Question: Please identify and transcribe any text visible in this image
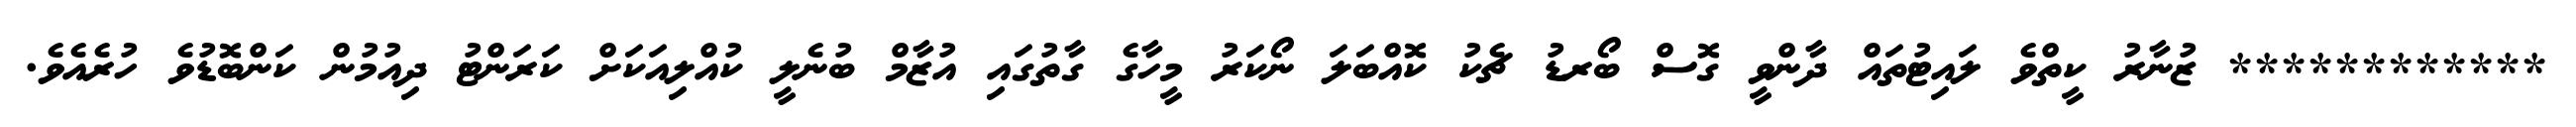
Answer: ************ ޒުނާރު ކީތްވެ ލައިޓުތައް ދާންވީ ގޮސް ބޯރޑު ޗެކު ކޮއްބަލަ ނޯކަރު މީހާގެ ގާތުގައި އުޒާމް ބުނެލީ ކުއްލިއަކަށް ކަރަންޓު ދިއުމުން ކަންބޮޑުވެ ހުރެއެވެ.